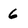
Character: 6